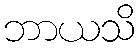
ဘာယသိ